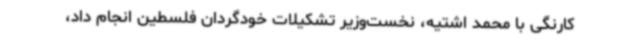
کارنگی با محمد اشتیه، نخست‌وزیر تشکیلات خودگردان فلسطین انجام داد،